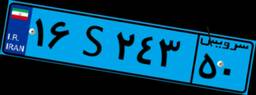
۱۶S۲۴۳۵۰